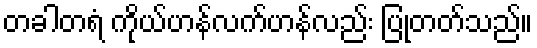
တခါတရံ ကိုယ်ဟန်လက်ဟန်လည်း ပြုတတ်သည်။